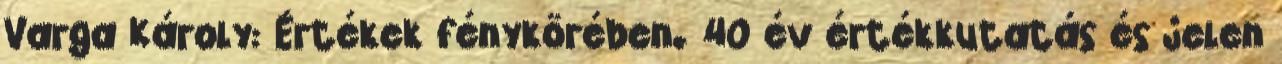
Varga Károly: Értékek fénykörében. 40 év értékkutatás és jelen